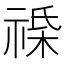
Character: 𫀔